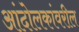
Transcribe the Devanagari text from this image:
आंदोलकांवरील